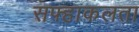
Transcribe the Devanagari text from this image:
सफ्हाकलता